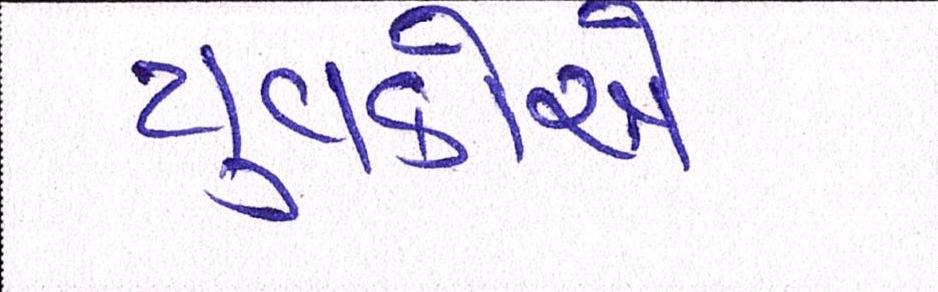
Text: યુવકોએ